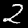
Digit: 2